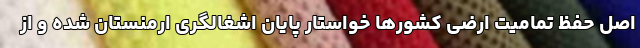
اصل حفظ تمامیت ارضی کشورها خواستار پایان اشغالگری ارمنستان شده و از